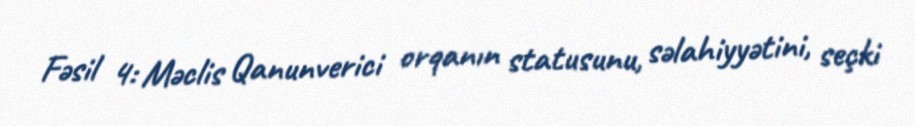
Fəsil 4: Məclis Qanunverici orqanın statusunu, səlahiyyətini, seçki